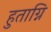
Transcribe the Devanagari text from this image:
हुताग्नि